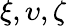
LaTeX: \xi,\upsilon,\zeta